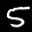
Label: 5